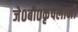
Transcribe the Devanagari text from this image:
जे०बी०कृपलानी